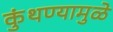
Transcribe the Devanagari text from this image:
कुंथण्यामुळे